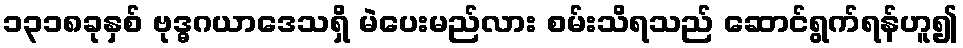
၁၃၁၈ခုနှစ် ဗုဒ္ဓဂယာဒေသရှိ မဲပေးမည်လား စမ်းသိရသည် ဆောင်ရွက်ရန်ဟူ၍